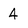
Character: 4